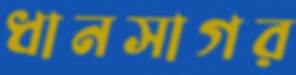
ধানসাগর